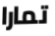
تمارا